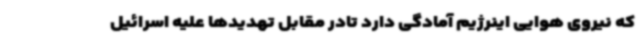
که نیروی هوایی اینرژیم آمادگی دارد تادر مقابل تهدیدها علیه اسرائیل